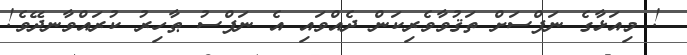
! މިއަޅާގެ ނަފްސަށް ތަޤުވާވެރިކަން ދެއްވައި އެ ނަފްސު ޠާހިރު ކުރައްވާނދޭވެ!